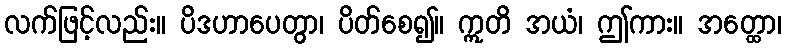
လက်ဖြင့်လည်း။ ပိဒဟာပေတွာ၊ ပိတ်စေ၍။ ဣတိ အယံ၊ ဤကား။ အတ္ထော၊